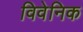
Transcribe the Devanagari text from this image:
विवेनिक